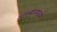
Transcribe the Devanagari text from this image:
नाल्यामध्ये